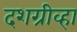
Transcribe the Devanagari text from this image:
दशग्रीव्हा